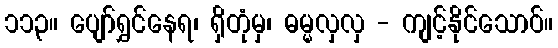
၁၁၃။ ပျော်ရွှင်နေရ၊ ရှိတုံမှ၊ ဓမ္မလှလှ - ကျင့်နိုင်သောဝ်။